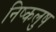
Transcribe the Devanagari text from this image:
निष्कलुष